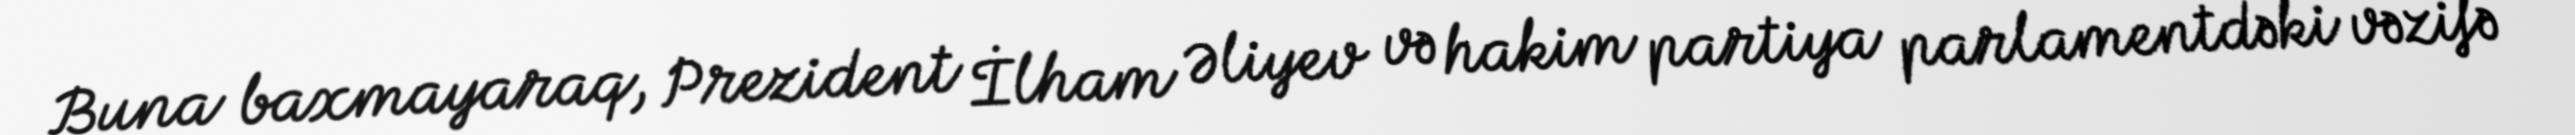
Buna baxmayaraq, Prezident İlham Əliyev və hakim partiya parlamentdəki vəzifə